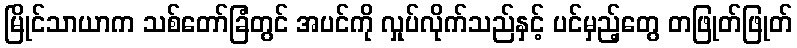
မြိုင်သာယာက သစ်တော်ခြံတွင် အပင်ကို လှုပ်လိုက်သည်နှင့် ပင်မှည့်တွေ တဖြုတ်ဖြုတ်